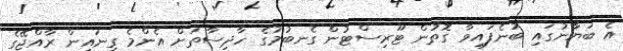
އެ ބަޔާނުގައި ބުނެފައިވާ ގޮތުން ޓޫރިސްޓުން ގެނބުމުގެ ހާދިސާތަށް އެންމެ ގިނައިން ރާއްޖޭގެ